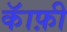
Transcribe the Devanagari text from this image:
कॅाफ़ी